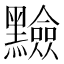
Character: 𪒫